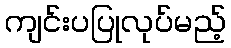
ကျင်းပပြုလုပ်မည့်